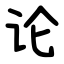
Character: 论